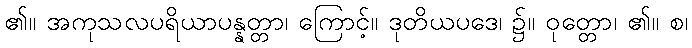
၏။ အကုသလပရိယာပန္နတ္တာ၊ ကြောင့်။ ဒုတိယပဒေ၊ ၌။ ဝုတ္တော၊ ၏။ စ၊